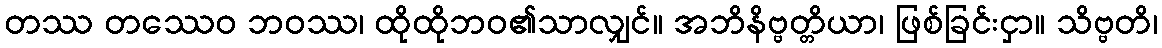
တဿ တဿေဝ ဘဝဿ၊ ထိုထိုဘဝ၏သာလျှင်။ အဘိနိဗ္ဗတ္တိယာ၊ ဖြစ်ခြင်းငှာ။ သိဗ္ဗတိ၊